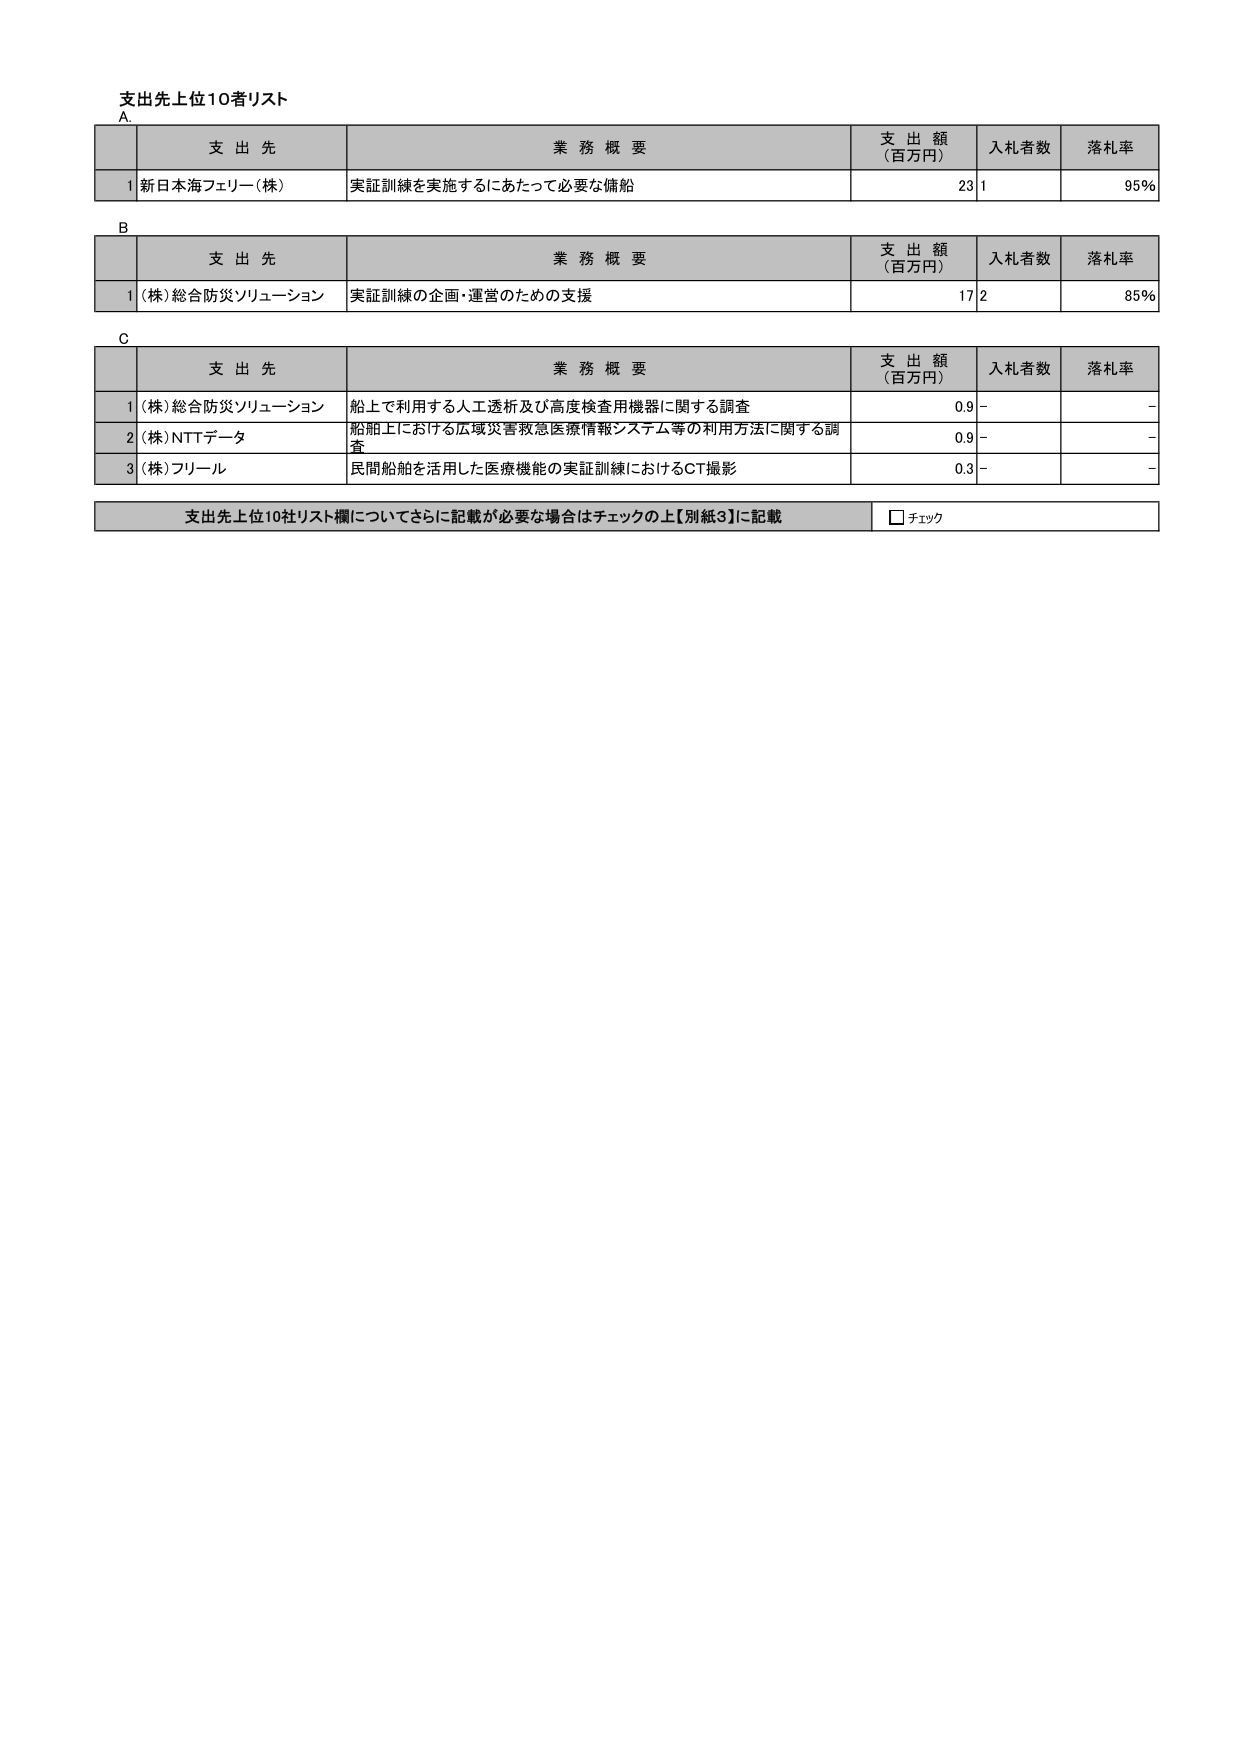
支出先上位10者リスト
A.
支 出 先 業 務 概 要 支 出 額 （百万円） 入札者数 落札率
1 新日本海フェリー（株） 実証訓練を実施するにあたって必要な備船 23 1 95%
B
支 出 先 業 務 概 要 支 出 額 （百万円） 入札者数 落札率
1 （株）総合防災ソリューション 実証訓練の企画・運営のための支援 17 2 85%
C
支 出 先 業 務 概 要 支 出 額 （百万円） 入札者数 落札率
1 （株）総合防災ソリューション 船上で利用する人工透析及び高度検査用機器に関する調査 0.9 - -
2 （株）NTTデータ 船舶上における広域災害救急医療情報システム等の利用方法に関する調査 0.9 - -
3 （株）フリール 民間船舶を活用した医療機能の実証訓練におけるCT撮影 0.3 - -
支出先上位10社リスト欄についてさらに記載が必要な場合はチェックの上【別紙3】に記載 □ チェック